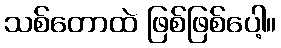
သစ်တောထဲ ဖြစ်ဖြစ်ပေါ့။